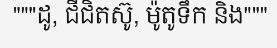
"""ដូ, ជីជិតស៊ូ, ម៉ូតូទឹក និង"""